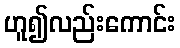
ဟူ၍လည်းကောင်း